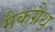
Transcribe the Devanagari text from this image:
मैकग्रैथ